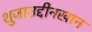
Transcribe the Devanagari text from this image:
शुजाउद्दीनखान